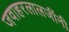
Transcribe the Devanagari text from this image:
जवाहरलालजींनी